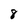
Character: 8